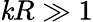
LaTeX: \mathit{k}R\gg1